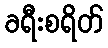
ခရီးစရိတ်